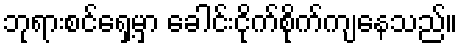
ဘုရားစင်ရှေ့မှာ ခေါင်းငိုက်စိုက်ကျနေသည်။